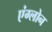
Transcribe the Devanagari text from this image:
एंग्लोन